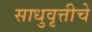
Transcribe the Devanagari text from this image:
साधुवृत्तीचे